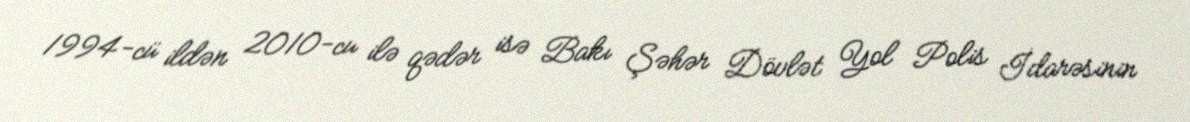
1994-cü ildən 2010-cu ilə qədər isə Bakı Şəhər Dövlət Yol Polis İdarəsinin